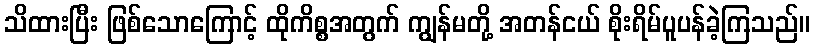
သိထားပြီး ဖြစ်သောကြောင့် ထိုကိစ္စအတွက် ကျွန်မတို့ အတန်ငယ် စိုးရိမ်ပူပန်ခဲ့ကြသည်။